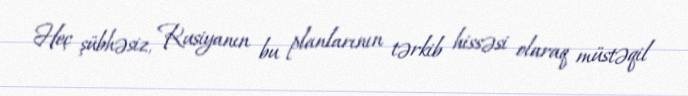
Heç şübhəsiz, Rusiyanın bu planlarının tərkib hissəsi olaraq müstəqil